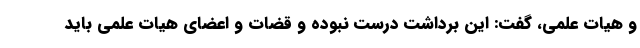
و هیات علمی، گفت: این برداشت درست نبوده و قضات و اعضای هیات علمی باید